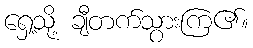
ရှေ့သို့ ချီတက်သွားကြ၏။